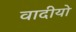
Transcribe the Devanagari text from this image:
वादीयो